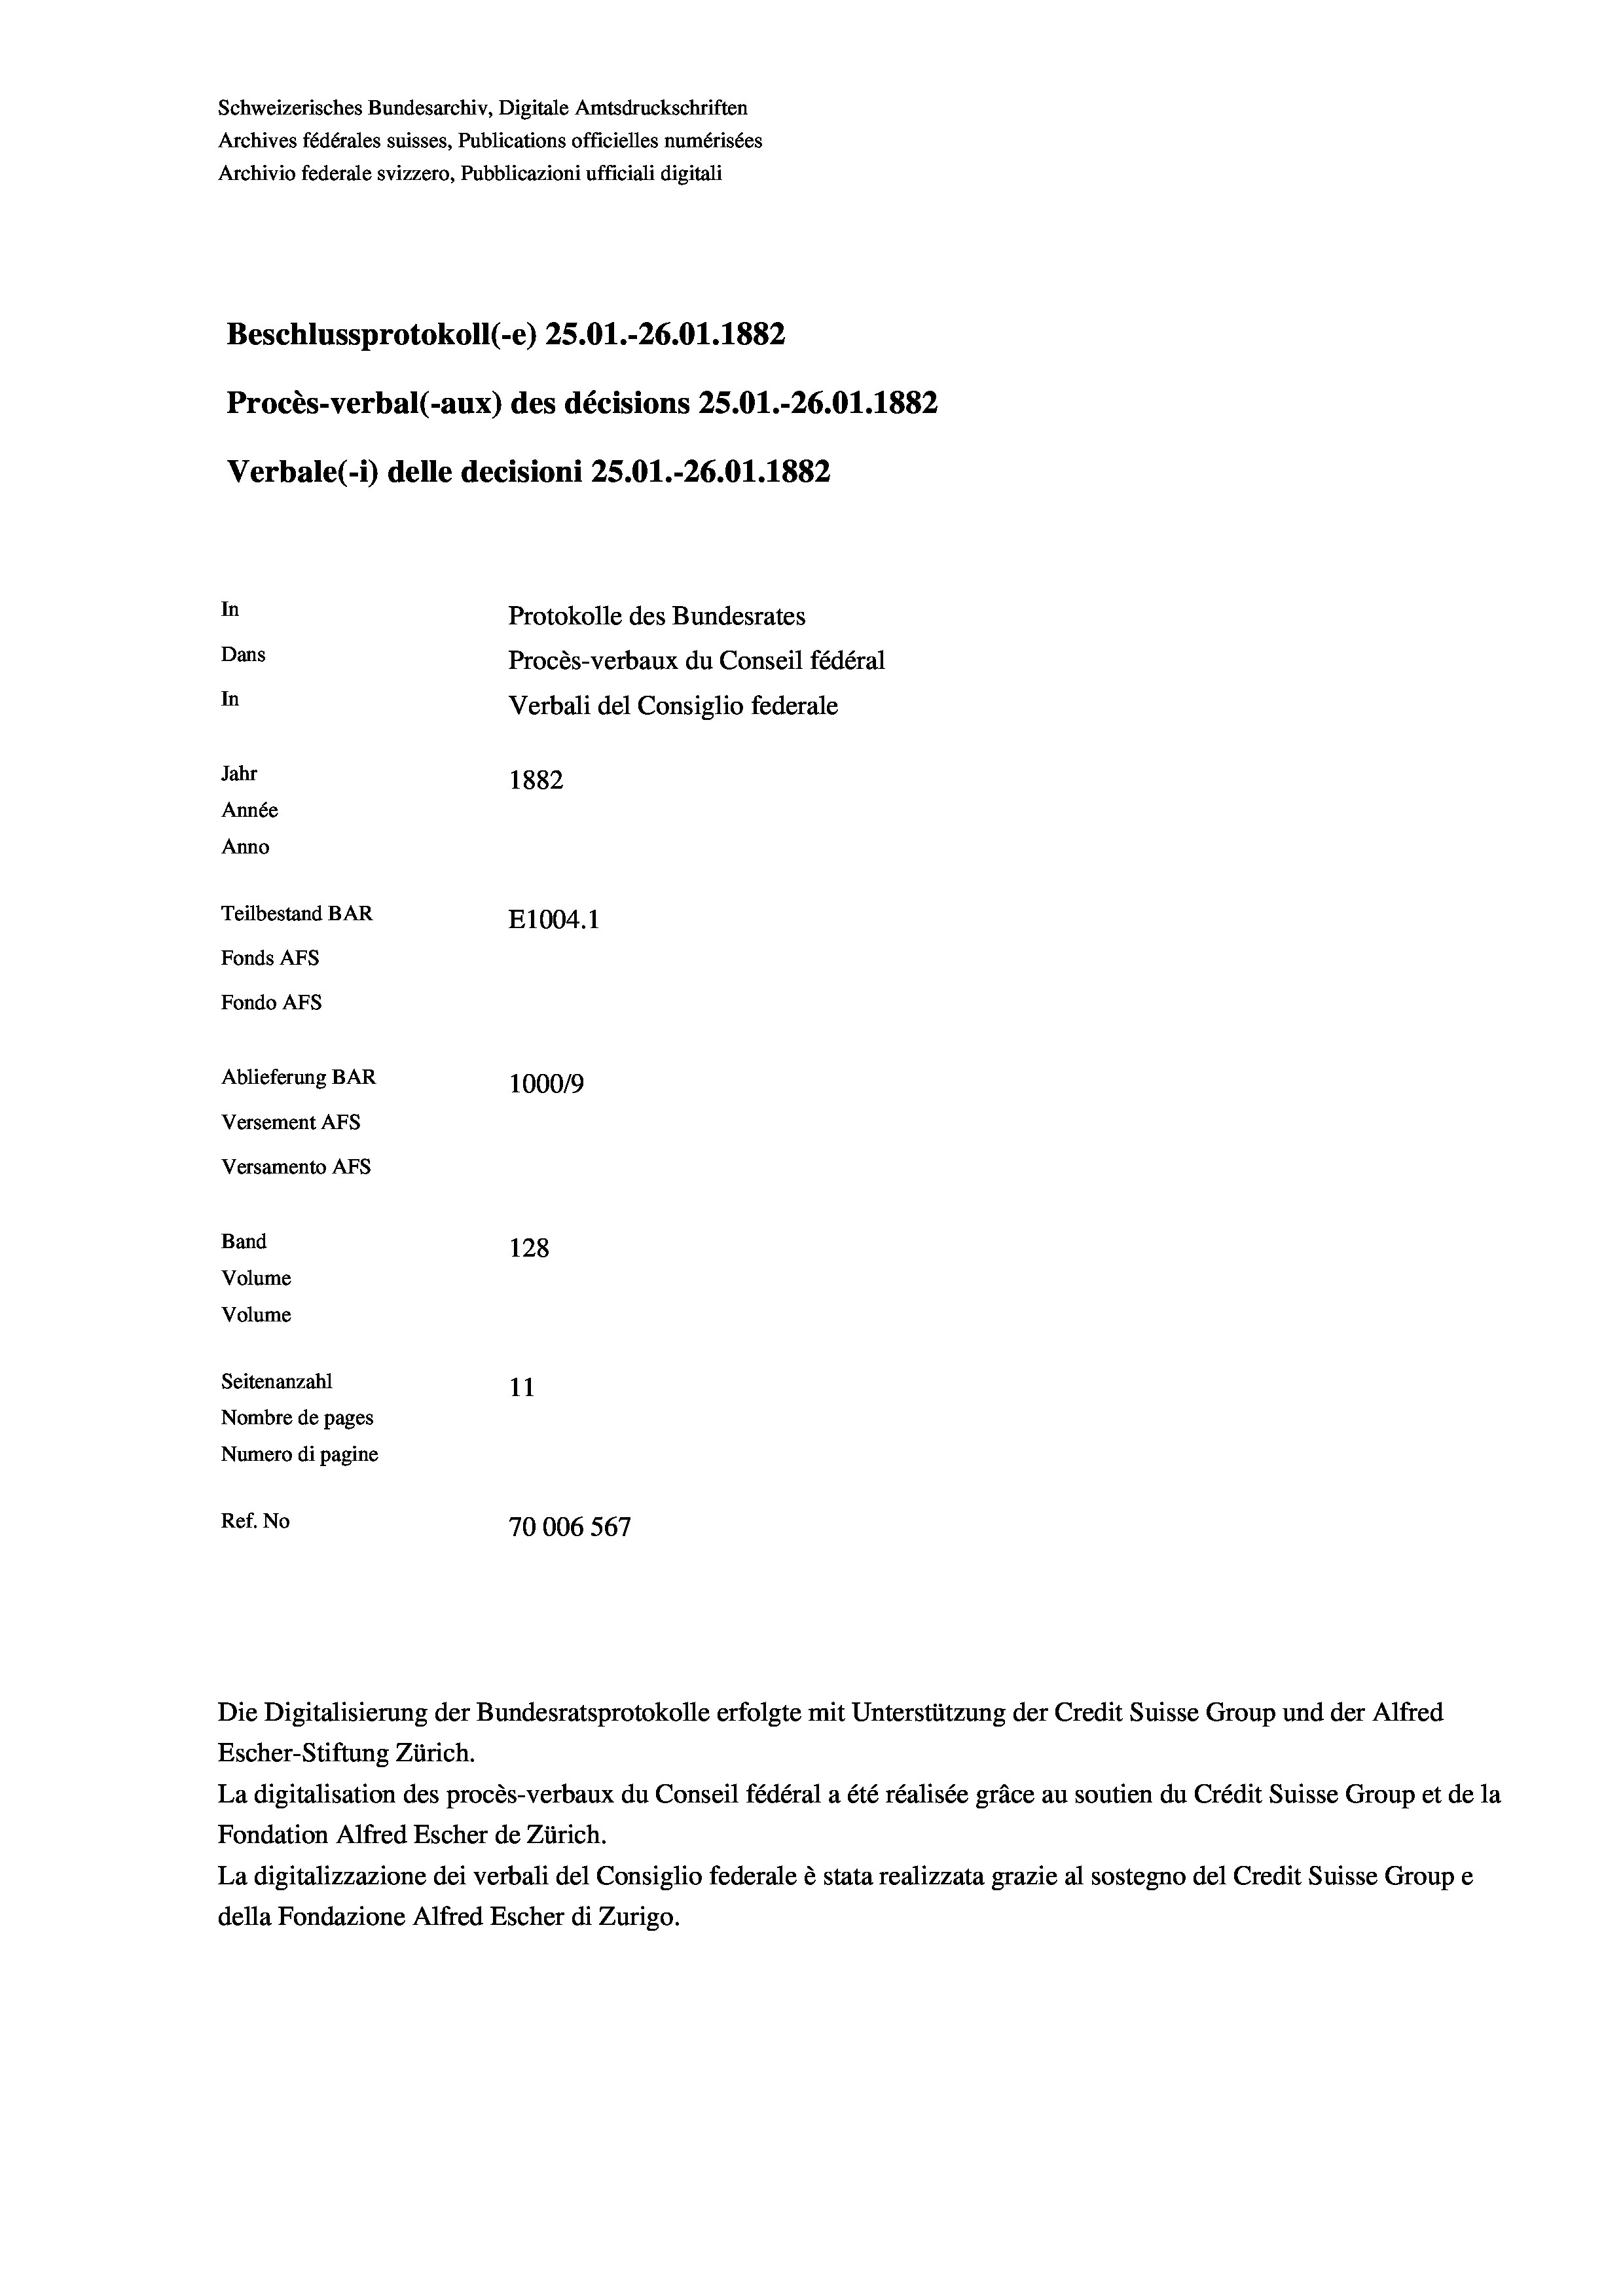
Schweizerisches Bundesarchiv, Digitale Amtsdruckschriften
Archives fédérales suisses, Publications officielles numérisées
Archivio federale svizzero, Pubblicazioni ufficiali digitali
Beschlussprotokoll (-e) 25.01.-26.01. 1882
Procès-verbal (-aux) des décisions 25.01.-26.01. 1882
In
Protokolle des Bundesrates
Dans
Procès-verbaux du Conseil fédéral
In
Verbali del Consiglio federale
Jahr
1882
Année
Anno
Teilbestand BAR
E1004.1
Fonds AFs
Fondo Afs
Ablieferung BAR
10009
Versement Ans
Versamento AFs
Band
128
Volume
Volume
Seitenanzahl
11
Nombre de pages
Numero di pagine
Ref. No
70006567

Verbale (- 1) delle decisioni 25.01.-26.01. 1882

Escher-Stiftung Zürich.
La digitalisation des procès-verbaux du Conseil fédéral a été réalisée gräce au soutien du Crédit Suisse Group et de la
Fondation Alfred Escher de Zürich.
La digitalizzazione dei verbali del Consiglio federale è stata realizzata grazie al sostegno del Credit Suisse Groupe
della Fondazione Alfred Escher di Zurigo.

Die Digitalisierung der Bundesratsprotokolle erfolgte mit Unterstützung der Credit Suisse Group und der Alfred